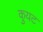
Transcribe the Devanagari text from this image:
कुयट